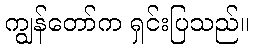
ကျွန်တော်က ရှင်းပြသည်။